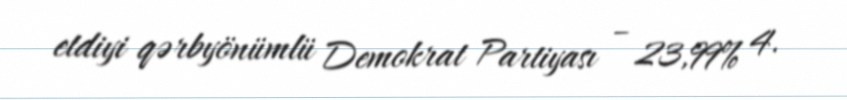
etdiyi qərbyönümlü Demokrat Partiyası – 23,99% 4.